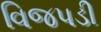
વિજપડી